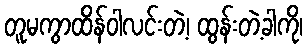
တူမကွာထိန်ဝါလင်းတဲ့၊ ထွန်းတဲ့ခါကို၊